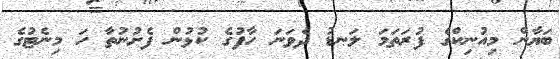
ބަޔާން މިއުނިކްގެ ފުރަތަމަ ލަނޑު ދެވަނަ ހާފުގެ ކުޅުން ފެށުނުތާ ހަ މިނެޓުގެ